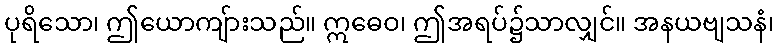
ပုရိသော၊ ဤယောကျ်ားသည်။ ဣဓေဝ၊ ဤအရပ်၌သာလျှင်။ အနယဗျသနံ၊